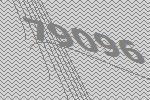
79096